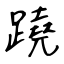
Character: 蹺